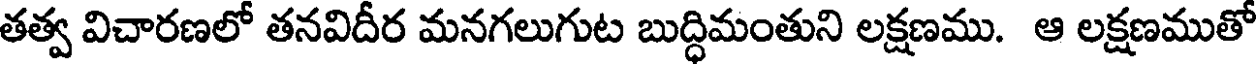
తత్వ విచారణలో తనవిదీర మనగలుగుట బుద్ధిమంతుని లక్షణము. ఆ లక్షణముతో